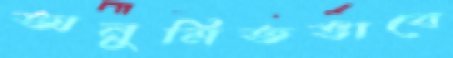
অনুমিতভাবে